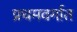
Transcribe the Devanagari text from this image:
प्रथमवर्गात